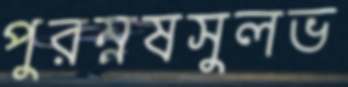
পুরম্নষসুলভ